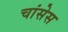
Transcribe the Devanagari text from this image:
चांसेस